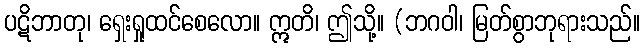
ပဋိဘာတု၊ ရှေးရှုထင်စေလော။ ဣတိ၊ ဤသို့။ (ဘဂဝါ၊ မြတ်စွာဘုရားသည်။